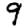
Digit: 9